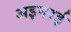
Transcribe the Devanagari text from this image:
अइनरई